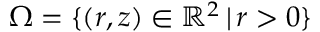
\Omega = \{ ( r , z ) \in \mathbb { R } ^ { 2 } \, | \, r > 0 \}